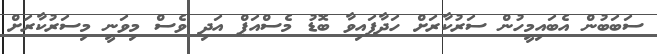
ސަބަބުން އެބައިމީހުން ސަރުކާރަށް ހަދާފައިވާ ބޮޑު މެސްއަޕް އަދި ވެސް މިވަނީ މިސަރުކާރަށް